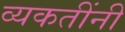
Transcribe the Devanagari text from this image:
व्यकतींनी